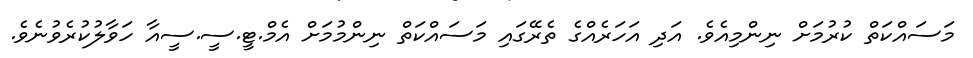
މަސައްކަތް ކުރުމަށް ނިންމިއެވެ. އަދި އަހަރެއްގެ ތެރޭގައި މަސައްކަތް ނިންމުމަށް އެމް.ޓީ.ސީ.ސީއާ ހަވާލުކުރެވުނެވެ.